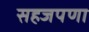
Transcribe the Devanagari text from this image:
सहजपणा